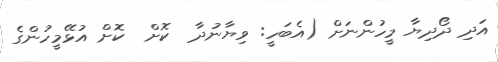
އަދި ދޯދިޔާ މީހުންނަށް (އެބަހީ: ވިޔާނުދާ  ކޮށް  ކޮށް އުޅޭމީހުންގެ